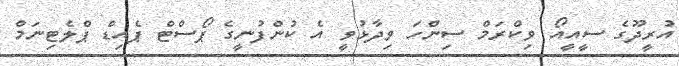
އުރީދޫގެ ސީއީއޯ ވިކްރަމް ސިންހަ ވިދާޅުވީ އެ ކުންފުނީގެ ޕޯސްޓް ޕެއިޑް ޕްލެޓިނަމް